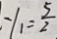
y _ { 1 } = \frac { 5 } { 2 }